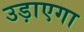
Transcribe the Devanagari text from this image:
उड़ाएगा